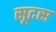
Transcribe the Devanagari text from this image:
सूटस